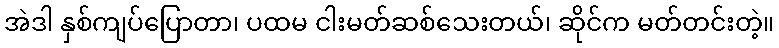
အဲဒါ နှစ်ကျပ်ပြောတာ၊ ပထမ ငါးမတ်ဆစ်သေးတယ်၊ ဆိုင်က မတ်တင်းတဲ့။